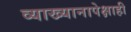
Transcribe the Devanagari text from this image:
व्याख्यानापेक्षाही